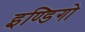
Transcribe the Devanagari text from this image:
इण्डिगो